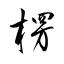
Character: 楞